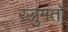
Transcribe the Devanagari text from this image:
रज्जुमंतों